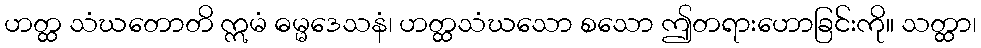
ဟတ္ထ သံဃတောတိ ဣမံ ဓမ္မဒေသနံ၊ ဟတ္ထသံဃသော စသော ဤတရားဟောခြင်းကို။ သတ္ထာ၊